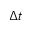
\Delta t